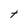
Character: t